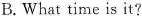
B.What time is it?